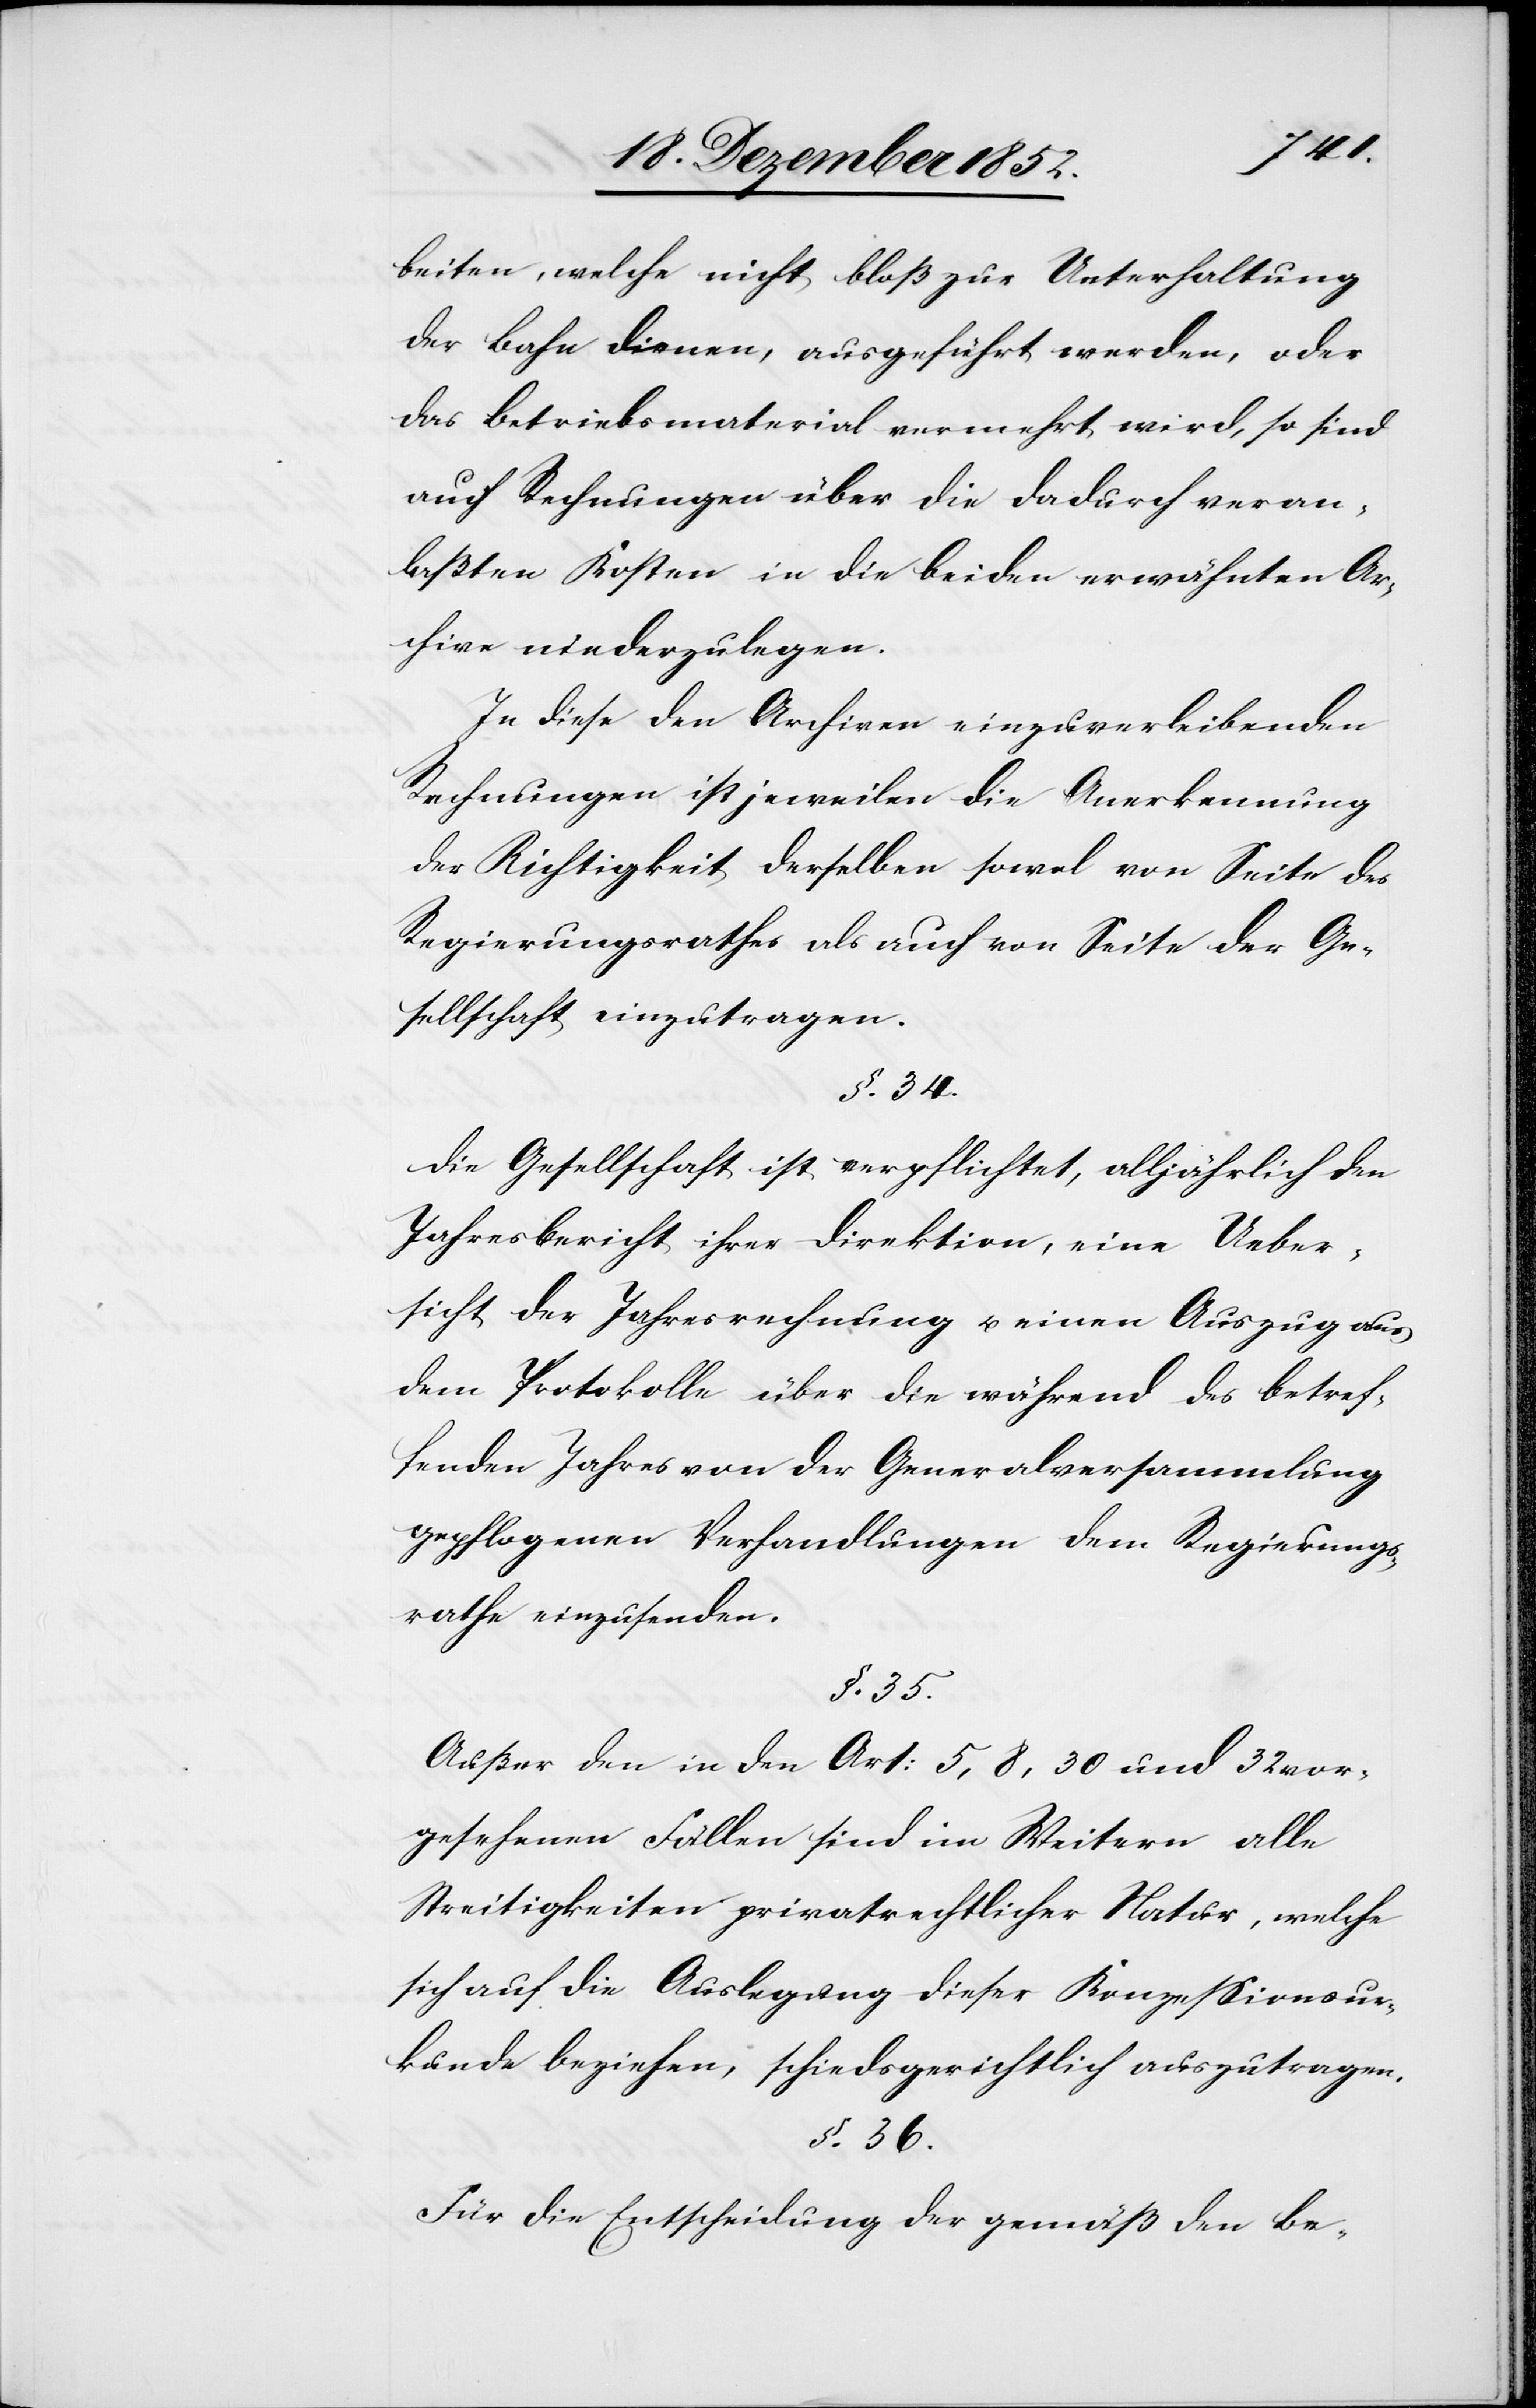
beiten, welche nicht bloß zur Unterhaltung
der Bahn dienen, ausgeführt werden, oder
das Betriebsmaterial vermehrt wird, so sind
auch Rechnungen über die dadurch veran¬
laßten Kosten in die beiden erwähnten Ar¬
chive niederzulegen.
In diese den Archiven einzuverleibenden
Rechnungen ist jeweilen die Anerkennung
der Richtigkeit derselben sowol von Seite des
Regierungsrathes als auch von Seite der Ge¬
sellschaft einzutragen.
§. 34.
Die Gesellschaft ist verpflichtet, alljährlich den
Jahresbericht ihrer Direktion, eine Ueber¬
sicht der Jahresrechnung u. einen Auszug aus
dem Protokolle über die während des betref¬
fenden Jahres von der Generalversammlung
gepflogenen Verhandlungen dem Regierungs¬
rathe einzusenden.
§. 35.
Außer den in den Art: 5, 8, 30 und 32 vor¬
gesehenen Fällen sind im Weitern alle
Streitigkeiten privatrechtlicher Natur, welche
sich auf die Auslegung dieser Konzessionsur¬
kunde beziehen, schiedsgerichtlich auszutragen.
§. 36.
Für die Entscheidung der gemäß den Be-